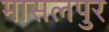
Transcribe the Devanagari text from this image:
मासलपुर